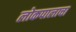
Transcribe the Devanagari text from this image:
लोकपालाचा